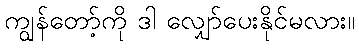
ကျွန်တော့်ကို ဒါ လျှော်ပေးနိုင်မလား။